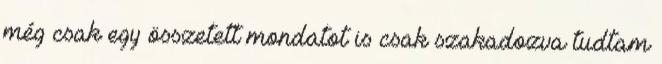
még csak egy összetett mondatot is csak szakadozva tudtam